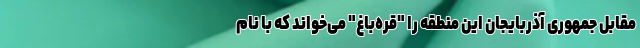
مقابل جمهوری آذربایجان این منطقه را "قره‌باغ" می‌خواند که با نام